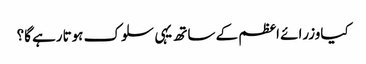
کیاوزرائے اعظم کے ساتھ یہی سلوک ہوتارہے گا؟